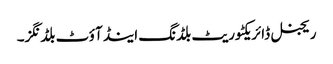
ریجنل ڈائریکٹوریٹ بلڈنگ اینڈ آؤٹ بلڈنگز۔